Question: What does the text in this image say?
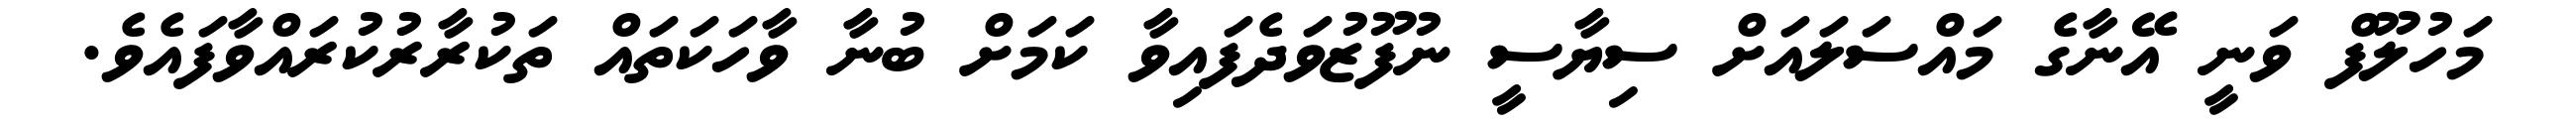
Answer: މަހުލޫފް ވަނީ އޭނާގެ މައްސަލައަށް ސިޔާސީ ނުފޫޒުވަދެފައިވާ ކަމަށް ބުނާ ވާހަކަތައް ތަކުރާރުކުރައްވާފައެވެ.